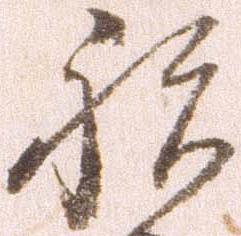
祝